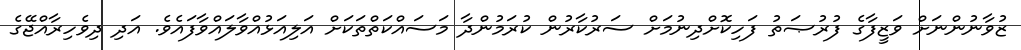
ޒުވާނުންނަށް ވަޒީފާގެ ފުރުޞަތު ފަހިކޮށްދިނުމަށް ސަރުކާރުން ކުރަމުންދާ މަސައްކަތްތަކަށް އަލިއަޅުއްވާލައްވާފައެވެ. އަދި ދިވެހިރާއްޖޭގެ